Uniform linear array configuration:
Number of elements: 16
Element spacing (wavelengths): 1
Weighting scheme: binomial
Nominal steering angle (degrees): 15
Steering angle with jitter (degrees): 14.144
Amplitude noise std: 0.05
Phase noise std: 0.05

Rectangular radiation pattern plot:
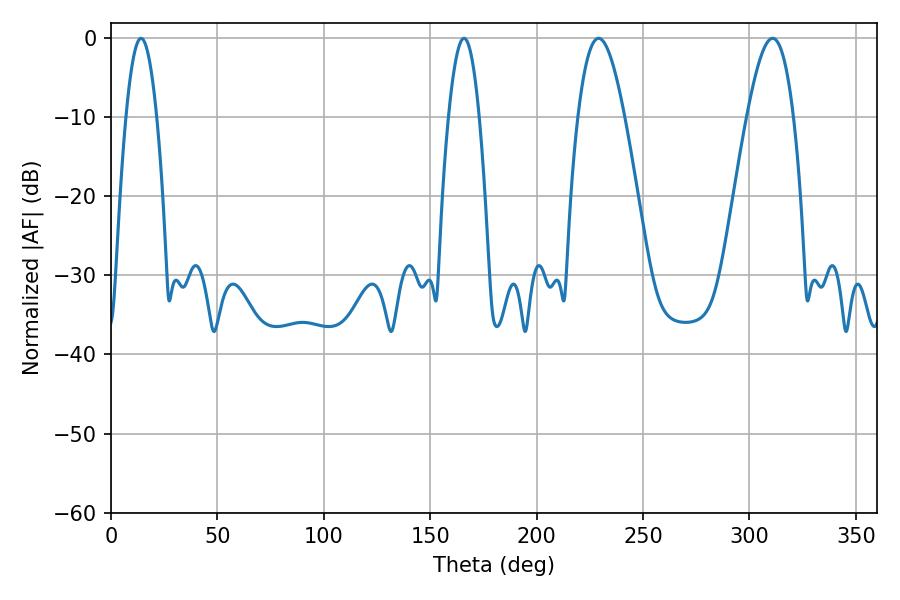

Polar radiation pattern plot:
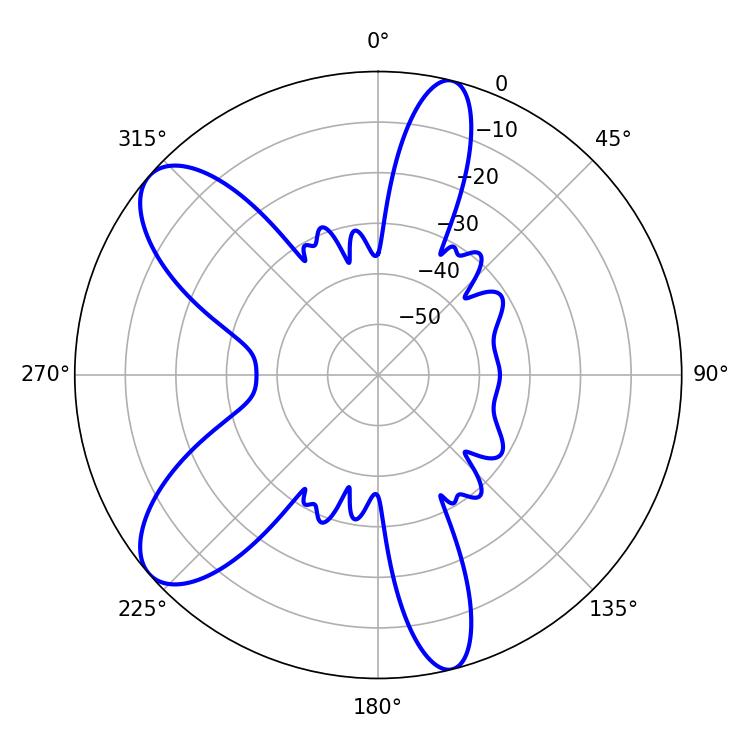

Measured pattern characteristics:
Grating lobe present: TRUE
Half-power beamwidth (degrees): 11.88
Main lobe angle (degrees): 229.14